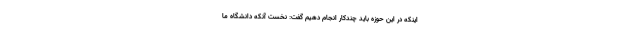
اینکه در این حوزه باید چندکار انجام دهیم گفت: نخست آنکه دانشگاه ما